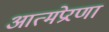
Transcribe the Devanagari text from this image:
आत्मप्रेरणा